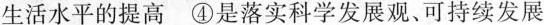
生活水平的提高④是落实科学发展观、可持续发展